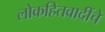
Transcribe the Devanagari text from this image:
लोकहितवादींचे